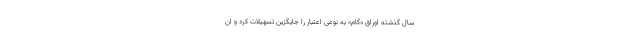
سال گذشته اوراق «گام» به نوعی اعتبار را جایگزین تسهیلات کرد و ان‌